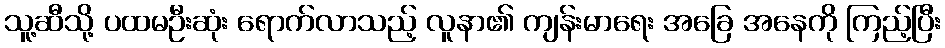
သူ့ဆီသို့ ပထမဦးဆုံး ရောက်လာသည့် လူနာ၏ ကျန်းမာရေး အခြေ အနေကို ကြည့်ပြီး